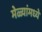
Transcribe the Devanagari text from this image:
मेळ्यांमध्ये